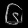
Digit: ၆